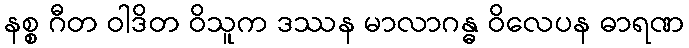
နစ္စ ဂီတ ဝါဒိတ ဝိသူက ဒဿန မာလာဂန္ဓ ဝိလေပန ဓာရဏ